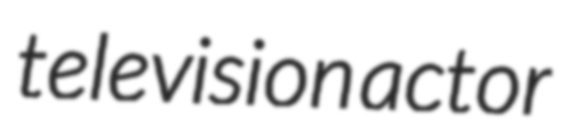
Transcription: television actor